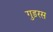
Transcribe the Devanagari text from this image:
गुड़रस